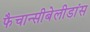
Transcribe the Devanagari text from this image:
फैचान्सीबेलीडांस